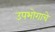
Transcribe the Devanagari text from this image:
उपभोगाचे